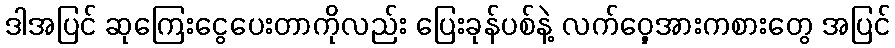
ဒါအပြင် ဆုကြေးငွေပေးတာကိုလည်း ပြေးခုန်ပစ်နဲ့ လက်ဝှေ့အားကစားတွေ အပြင်